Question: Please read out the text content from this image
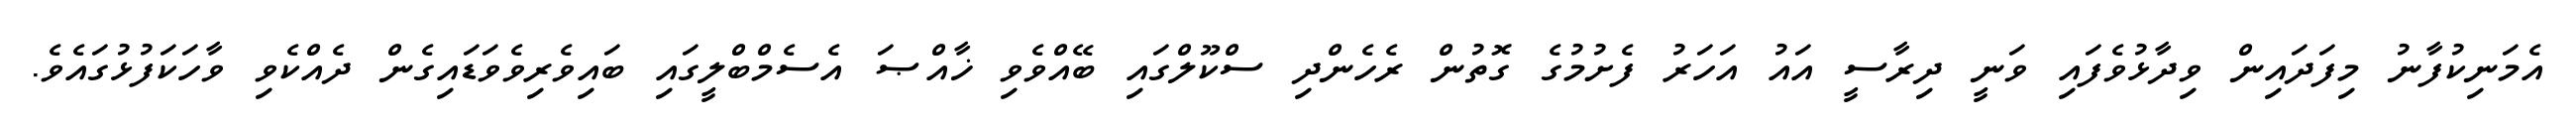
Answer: އެމަނިކުފާނު މިފަދައިން ވިދާޅުވެފައި ވަނީ ދިރާސީ އައު އަހަރު ފެށުމުގެ ގޮތުން ރެހެންދި ސްކޫލްގައި ބޭއްވެވި ޚާއްޞަ އެސެމްބްލީގައި ބައިވެރިވެވަޑައިގެން ދެއްކެވި ވާހަކަފުޅުގައެވެ.